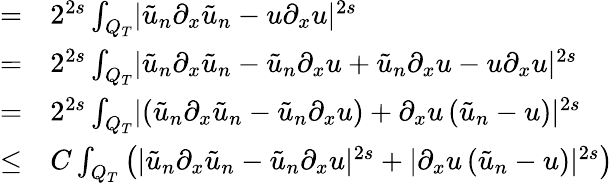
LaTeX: \begin{array}{rl}{=}&{{}2^{2s}\int_{Q_{T}}\lvert\tilde{u}_{n}\partial_{x}\tilde{u}_{n}-u\partial_{x}u\rvert^{2s}}\\ {=}&{{}2^{2s}\int_{Q_{T}}\lvert\tilde{u}_{n}\partial_{x}\tilde{u}_{n}-\tilde{u}_{n}\partial_{x}u+\tilde{u}_{n}\partial_{x}u-u\partial_{x}u\rvert^{2s}}\\ {=}&{{}2^{2s}\int_{Q_{T}}\lvert\left(\tilde{u}_{n}\partial_{x}\tilde{u}_{n}-\tilde{u}_{n}\partial_{x}u\right)+\partial_{x}u\left(\tilde{u}_{n}-u\right)\rvert^{2s}}\\ {\leq}&{{}C\int_{Q_{T}}\left(\lvert\tilde{u}_{n}\partial_{x}\tilde{u}_{n}-\tilde{u}_{n}\partial_{x}u\rvert^{2s}+\lvert\partial_{x}u\left(\tilde{u}_{n}-u\right)\rvert^{2s}\right)}\end{array}